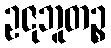
ဥဇုဘူတဉ္စ